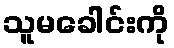
သူမခေါင်းကို